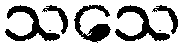
သသေ